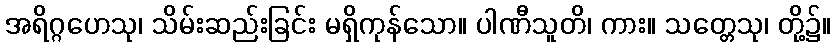
အရိဂ္ဂဟေသု၊ သိမ်းဆည်းခြင်း မရှိကုန်သော။ ပါဏီသူတိ၊ ကား။ သတ္တေသု၊ တို့၌။